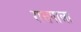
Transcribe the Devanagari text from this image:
रासपाला